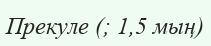
Прекуле (; 1,5 мың)